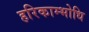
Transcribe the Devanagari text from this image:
हरिकाम्भोधि